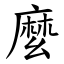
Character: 麼